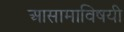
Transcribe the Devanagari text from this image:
आसामाविषयी